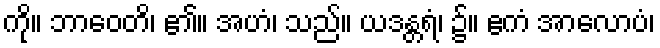
ကို။ ဘာဝေတိ၊ ၏။ အဟံ၊ သည်။ ယဒန္တရံ၊ ၌။ ဧကံ အာလောပံ၊